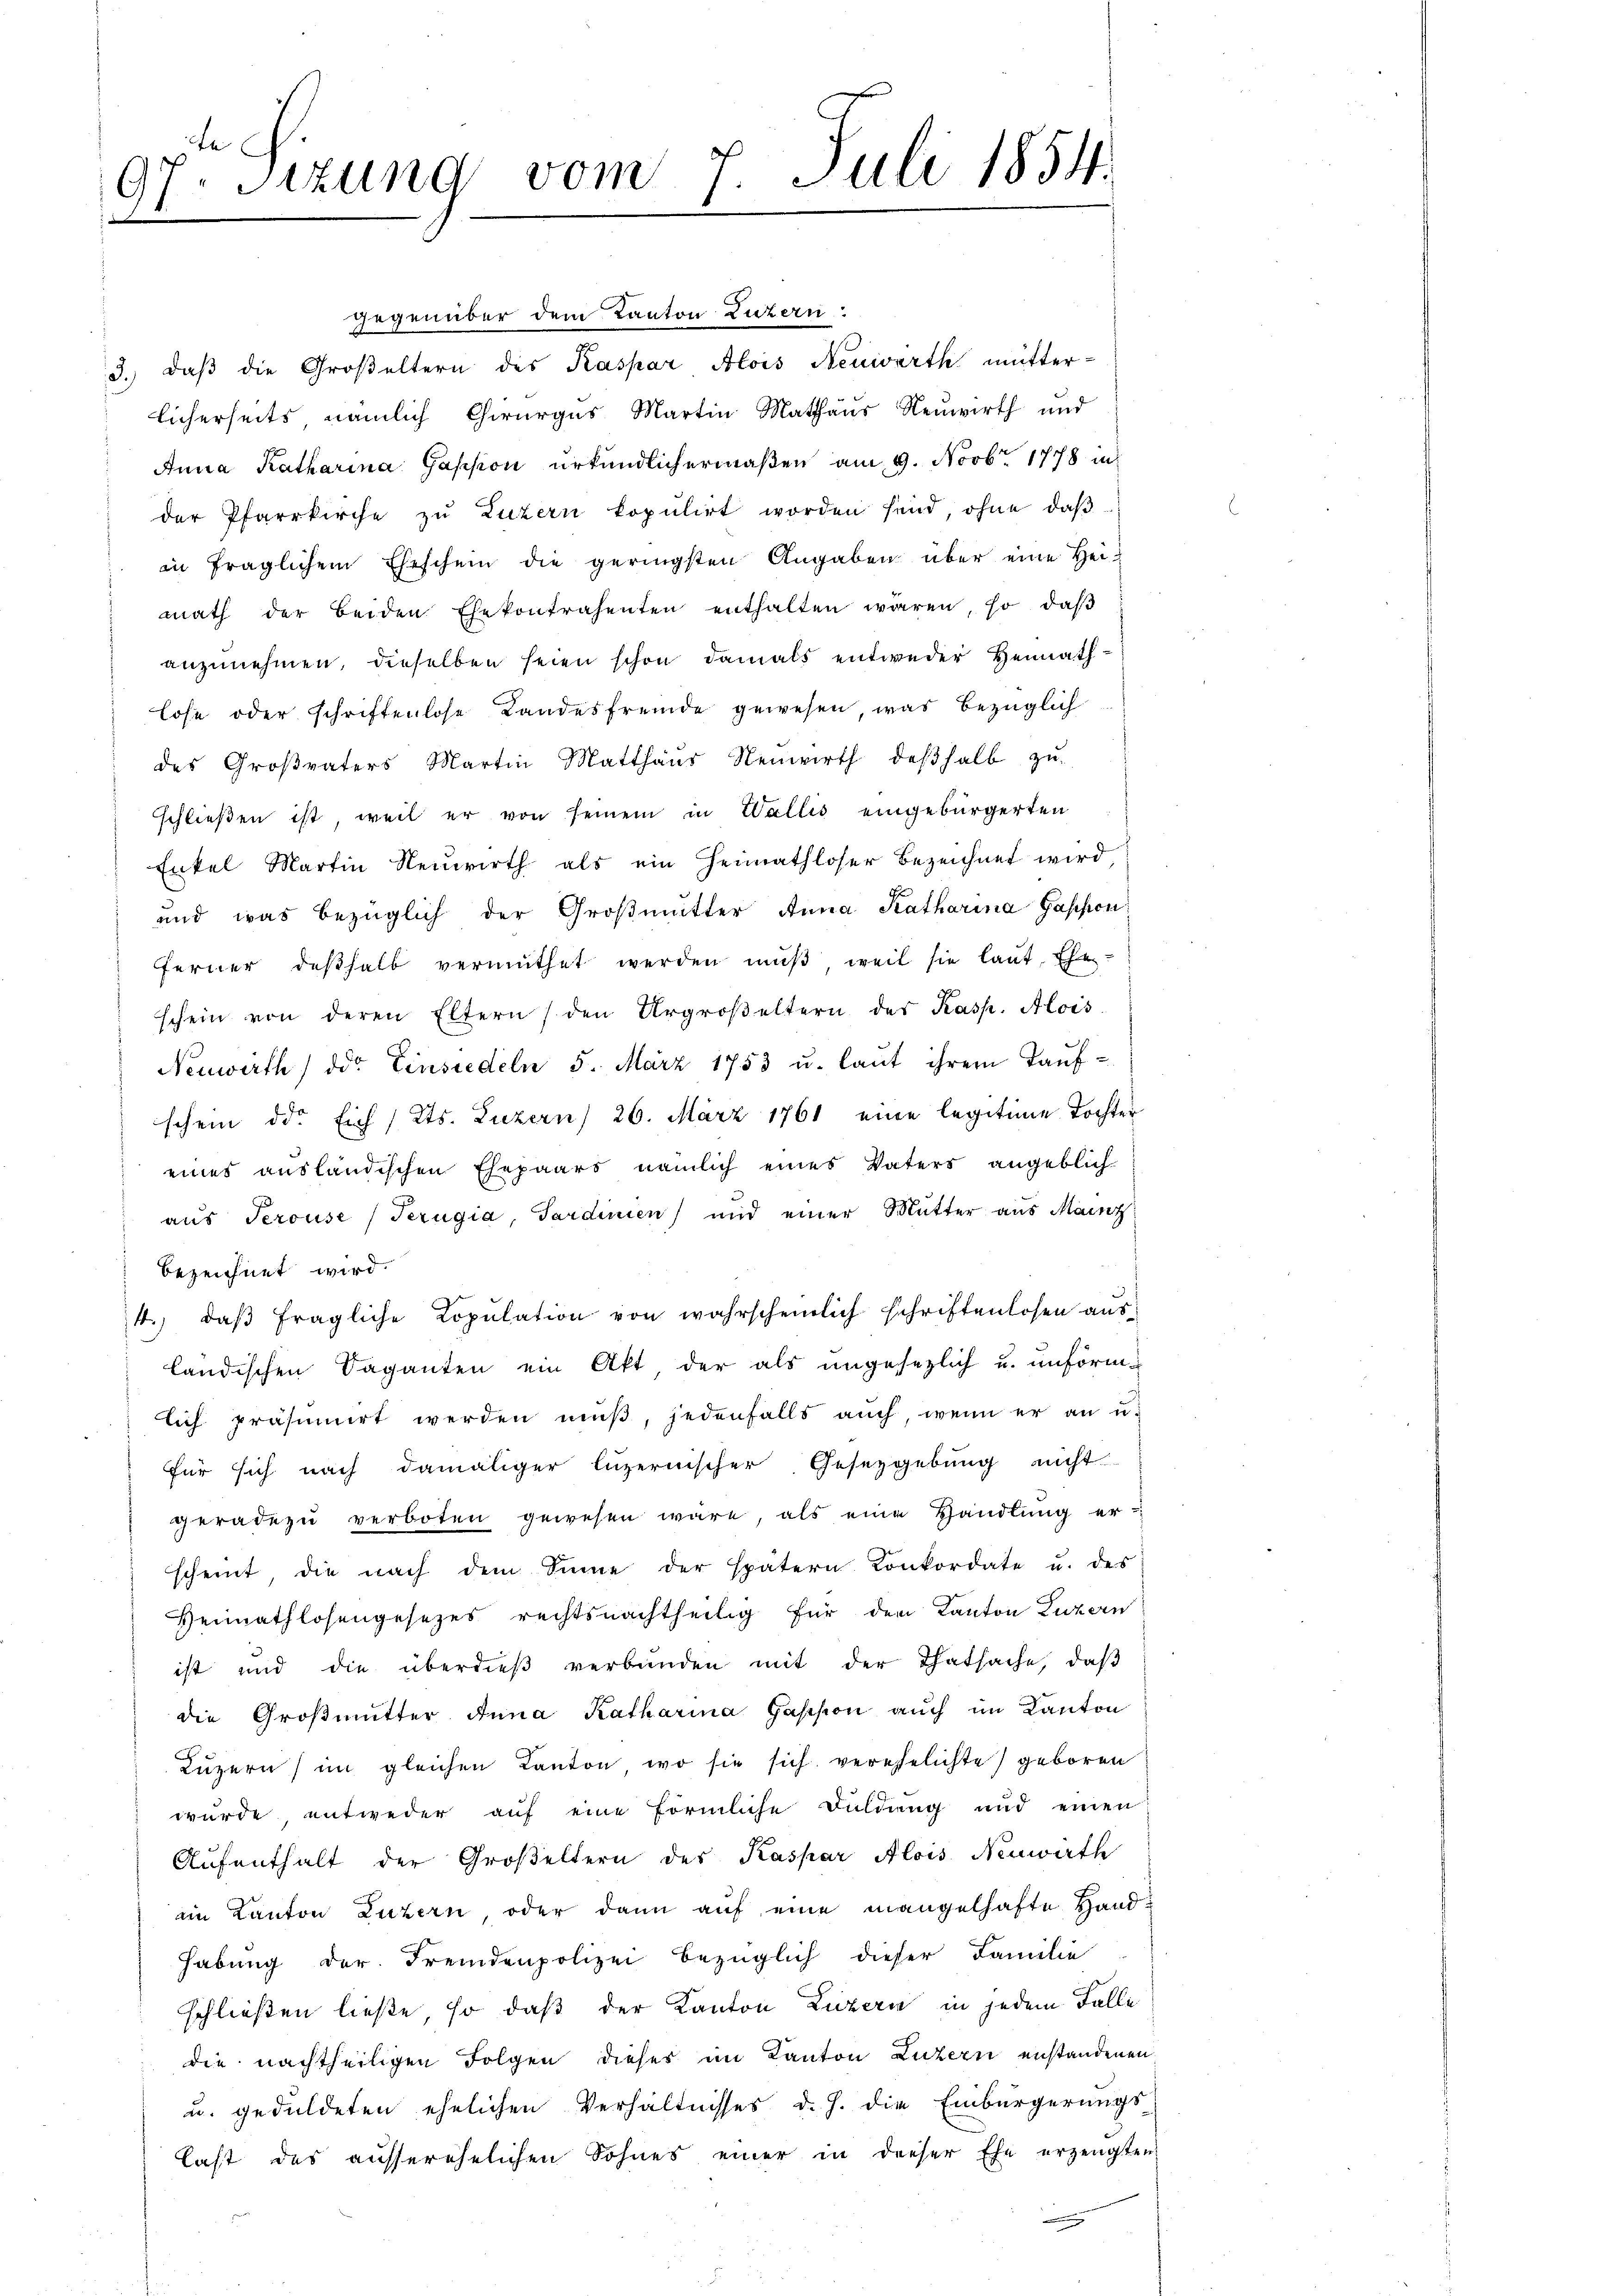
te
sizung vom 7. Juli 1854.
97
i

Gegenüber dem Kanton Luzern.
3.) daß die Großeltern des Kaspar Alois Neuwarth mutter-
licherseits nämlich Chirurges Martin Mathaus Neuwirth und
Anna Katharina Gassion urkundlichermaßen, am 9. Novbr. 1778 in
der Pfarrkirche zŭ Luzern kopŭlirt worden send, ohne daβ
in fraglichem Eheschein die geringsten Angaben über eine Heimath der beiden Ehekontrahenten enthalten wären, so daβ
anzŭnehmen, dieselben seien schon damals entweder Heimathlose oder schriftenlose Landesfremde gewesen, was bezüglich
des Großvaters Martin Matthaŭs Neŭwirth deβhalb zŭ-
schließen ist, weil er von seinem in Wallis eingebürgerten
Enkel Martin Neuwirth als ein Heimathloser Bezeichnet wird,
und was bezüglich der Großmutter Anna Katharina Gassion
Ferner deßhalb vermuthet werden muß, weil sie laut Eheschein von deren Eltern / den Urgroβeltern des Kasp. Alois
Neuwirth, der Einsiedeln 5. März 1753 u. laŭt ihrem Kaŭf-
schein die Eich / Kts. Luzern) 26. März 1761 eine legitime Tochter
eines ausländischen Ehepaars nämlich eines Vaters angeblich-
aus Perouse (Terugia, Sardinien) und einer Mutter aus Mainz
bezeichnet wird.
4., daβ fragliche Copŭlation von wahrscheinlich schriftenlosen aus-
ländischen Saganten ein Akt, der als ungesezlich u. unförm-
lich präsumirt werden mŭβ, jedenfalls auch, wenn er an u.
für sich nach damaliger luzernischer Gesetzgebung nicht
geradezu verboten gewesen wäre, als eine Handlung erscheint die nach dem Sinne der spätern Konkordate u. des
Heimathlosengesetzes rechtsnachtheilig für den Kanton Luzern
ist und die überdieβ verbunden mit der Thatsache, daβ
die Großmutter Anna Katharina passion auch im Kanton
Luzern im gleichen Kanton, wo sie sich verehelichte) geboren
wurde, entweder auf eine förmliche Fuldung und einen
Aufenthalt der Großeltern des Kaspar Alois Neuwirth
im Kanton Luzern, oder dann auf eine mangelhafte Handhabung der Fremdenpolizei bezüglich dieser Familie
schließen ließe, so daß der Kanton Luzern in jedem Falle
die nachtheiligen Folgen dieses im Kanton Luzern anstandenen
u. geduldeten ehelichen Verhältnisses d. h. die Einbürgerungs-
last des ausserehelichen Sohnes einer in dieser Ehe erzeugten